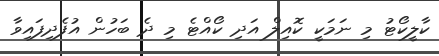
ކާލީކޯޓު މި ނަމަކީ ކޮއިލް އަދި ކޯއްޓެ މި ދެ ބަހުން އުފެދިފައިވާ